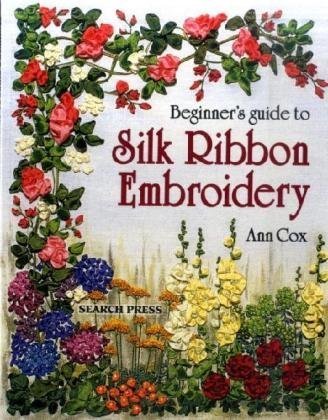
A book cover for Beginner's Guide to Silk Ribbon Embroidery; Ann Cox; Crafts, Hobbies & Home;